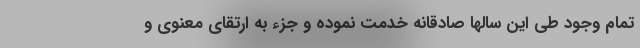
تمام وجود طی این سالها صادقانه خدمت نموده‌ و جزء به ارتقای معنوی و